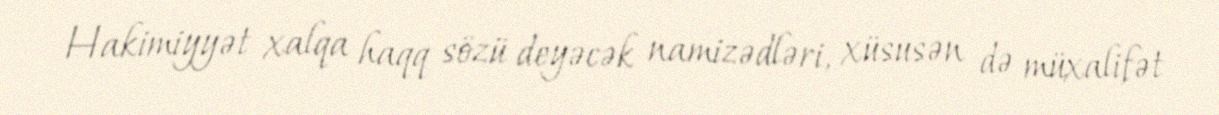
Hakimiyyət xalqa haqq sözü deyəcək namizədləri, xüsusən də müxalifət